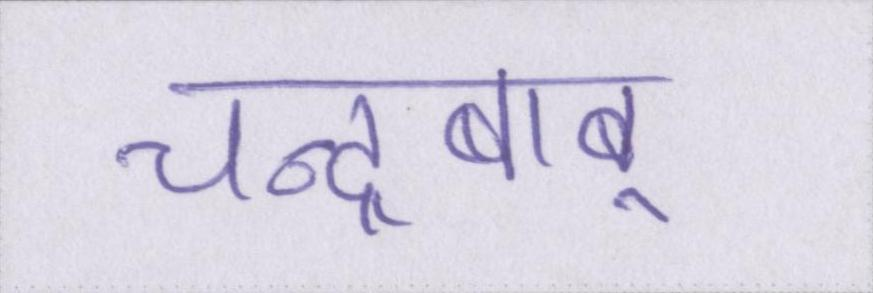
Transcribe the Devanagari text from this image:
चन्द्रबाबू